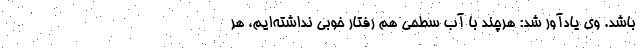
باشد. وی یادآور شد: هرچند با آب سطحی هم رفتار خوبی نداشته‌ایم، هر